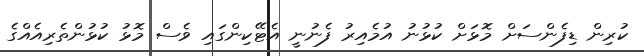
ކުރިން ޑިފެންސަށް މޮޅަށް ކުޅުނު އުމެއިރު ފެނުނީ އެޓޭކިންގައި ވެސް މޮޅު ކުޅުންތެރިއެއްގެ